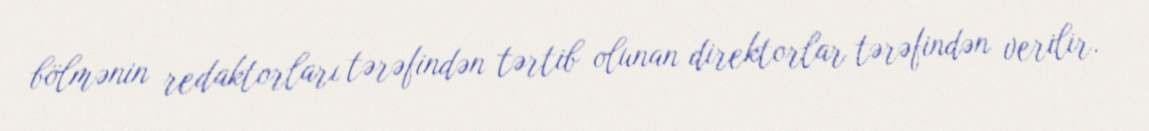
bölmənin redaktorları tərəfindən tərtib olunan direktorlar tərəfindən verilir.